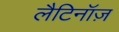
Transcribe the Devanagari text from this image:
लैटिनॉज़